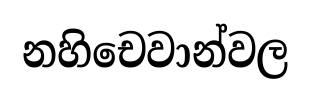
නහිචෙවාන්වල